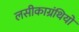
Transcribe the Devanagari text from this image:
लसीकाग्रंथियों